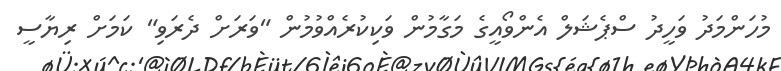
މުހަންމަދު ވަހީދު ސްޕެޝަލް އެންވޯއީގެ މަގާމުން ވަކިކުރެއްވުމުން "ވަރަށް ދެރަވި" ކަމަށް ރިޔާސީ